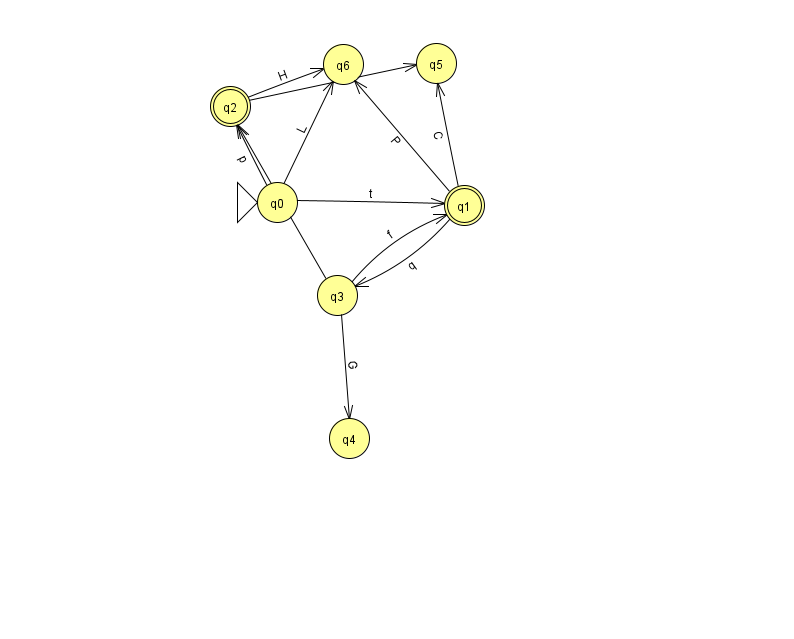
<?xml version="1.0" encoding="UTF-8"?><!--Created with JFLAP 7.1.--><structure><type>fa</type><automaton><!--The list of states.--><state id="0" name="q0"><x>277.0</x><y>189.0</y><initial/></state><state id="1" name="q1"><x>464.0</x><y>192.0</y><final/></state><state id="2" name="q2"><x>230.0</x><y>93.0</y><final/></state><state id="3" name="q3"><x>337.0</x><y>282.0</y></state><state id="4" name="q4"><x>349.0</x><y>425.0</y></state><state id="5" name="q5"><x>436.0</x><y>50.0</y></state><state id="6" name="q6"><x>343.0</x><y>51.0</y></state><!--The list of transitions.--><transition><from>3</from><to>1</to><read>f</read></transition><transition><from>1</from><to>5</to><read>C</read></transition><transition><from>0</from><to>1</to><read>t</read></transition><transition><from>2</from><to>6</to><read>H</read></transition><transition><from>3</from><to>2</to><read>g</read></transition><transition><from>3</from><to>4</to><read>G</read></transition><transition><from>0</from><to>6</to><read>L</read></transition><transition><from>0</from><to>2</to><read>p</read></transition><transition><from>1</from><to>3</to><read>q</read></transition><transition><from>2</from><to>5</to><read>i</read></transition><transition><from>1</from><to>6</to><read>P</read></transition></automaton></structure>